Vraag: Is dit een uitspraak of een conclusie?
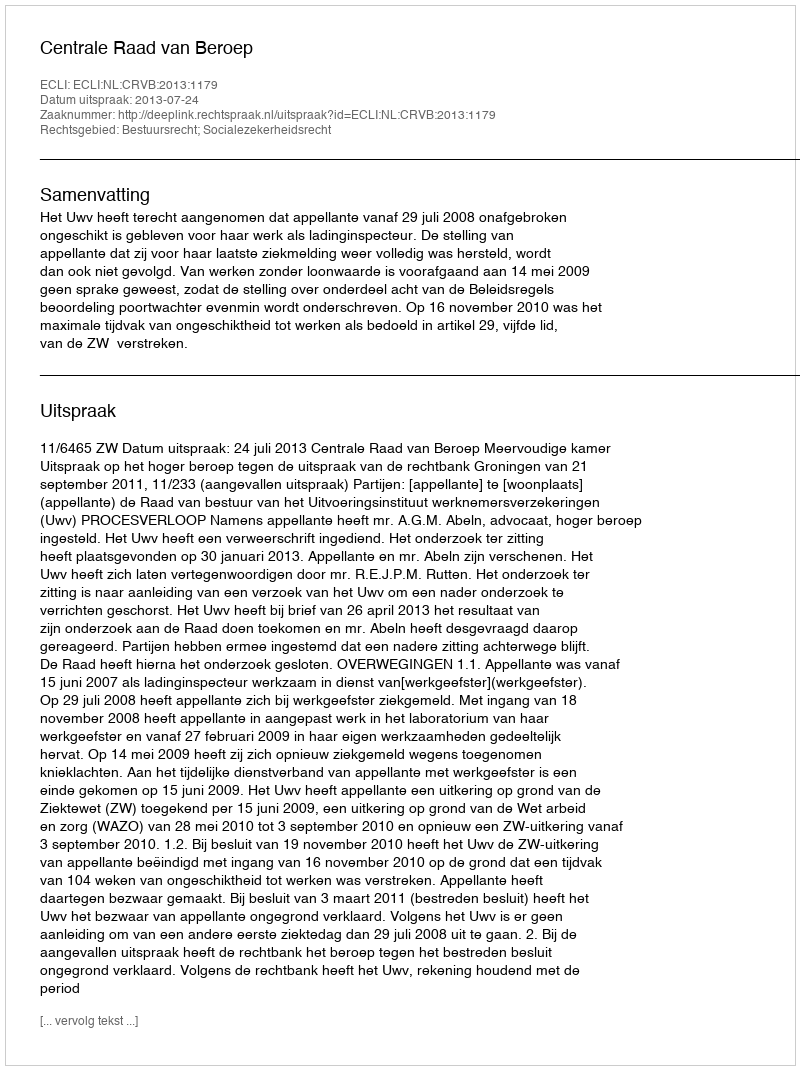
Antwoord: Uitspraak